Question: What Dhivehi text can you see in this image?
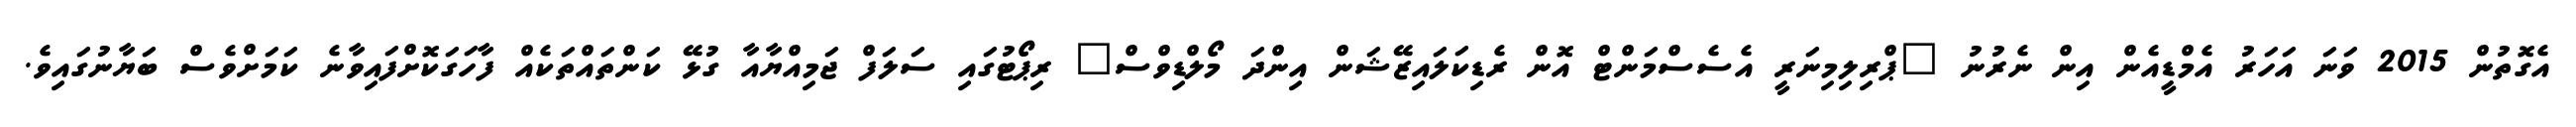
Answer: އެގޮތުން 2015 ވަނަ އަހަރު އެމްޑީއެން އިން ނެރުނު "ޕްރިލިމިނަރީ އެސެސްމަންޓް އޮން ރެޑިކަލައިޒޭޝަން އިންދަ މޯލްޑިވްސް" ރިޕޯޓުގައި ސަލަފް ޖަމިއްޔާއާ ގުޅޭ ކަންތައްތަކެއް ފާހަގަކޮށްފައިވާނެ ކަމަށްވެސް ބަޔާނުގައިވެ.